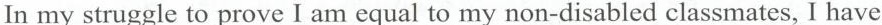
In my struggle lo prove I am equal to my non-disabled classmates, I have